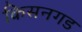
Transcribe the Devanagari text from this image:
किसनगड